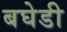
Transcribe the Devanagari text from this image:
बघेडी